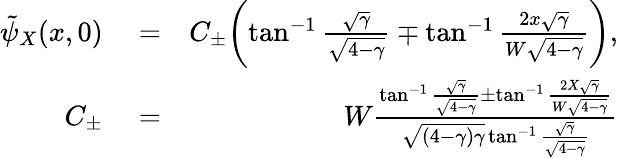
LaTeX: \begin{array}{rlr}{\tilde{\psi}_{X}(x,0)}&{{}=}&{C_{\pm}\biggl(\tan^{-1}\frac{\sqrt{\gamma}}{\sqrt{4-\gamma}}\mp\tan^{-1}\frac{2x\sqrt{\gamma}}{W\sqrt{4-\gamma}}\biggr),}\\ {C_{\pm}}&{{}=}&{W\frac{\tan^{-1}\frac{\sqrt{\gamma}}{\sqrt{4-\gamma}}\pm\tan^{-1}\frac{2X\sqrt{\gamma}}{W\sqrt{4-\gamma}}}{\sqrt{(4-\gamma)\gamma}\tan^{-1}\frac{\sqrt{\gamma}}{\sqrt{4-\gamma}}}}\end{array}